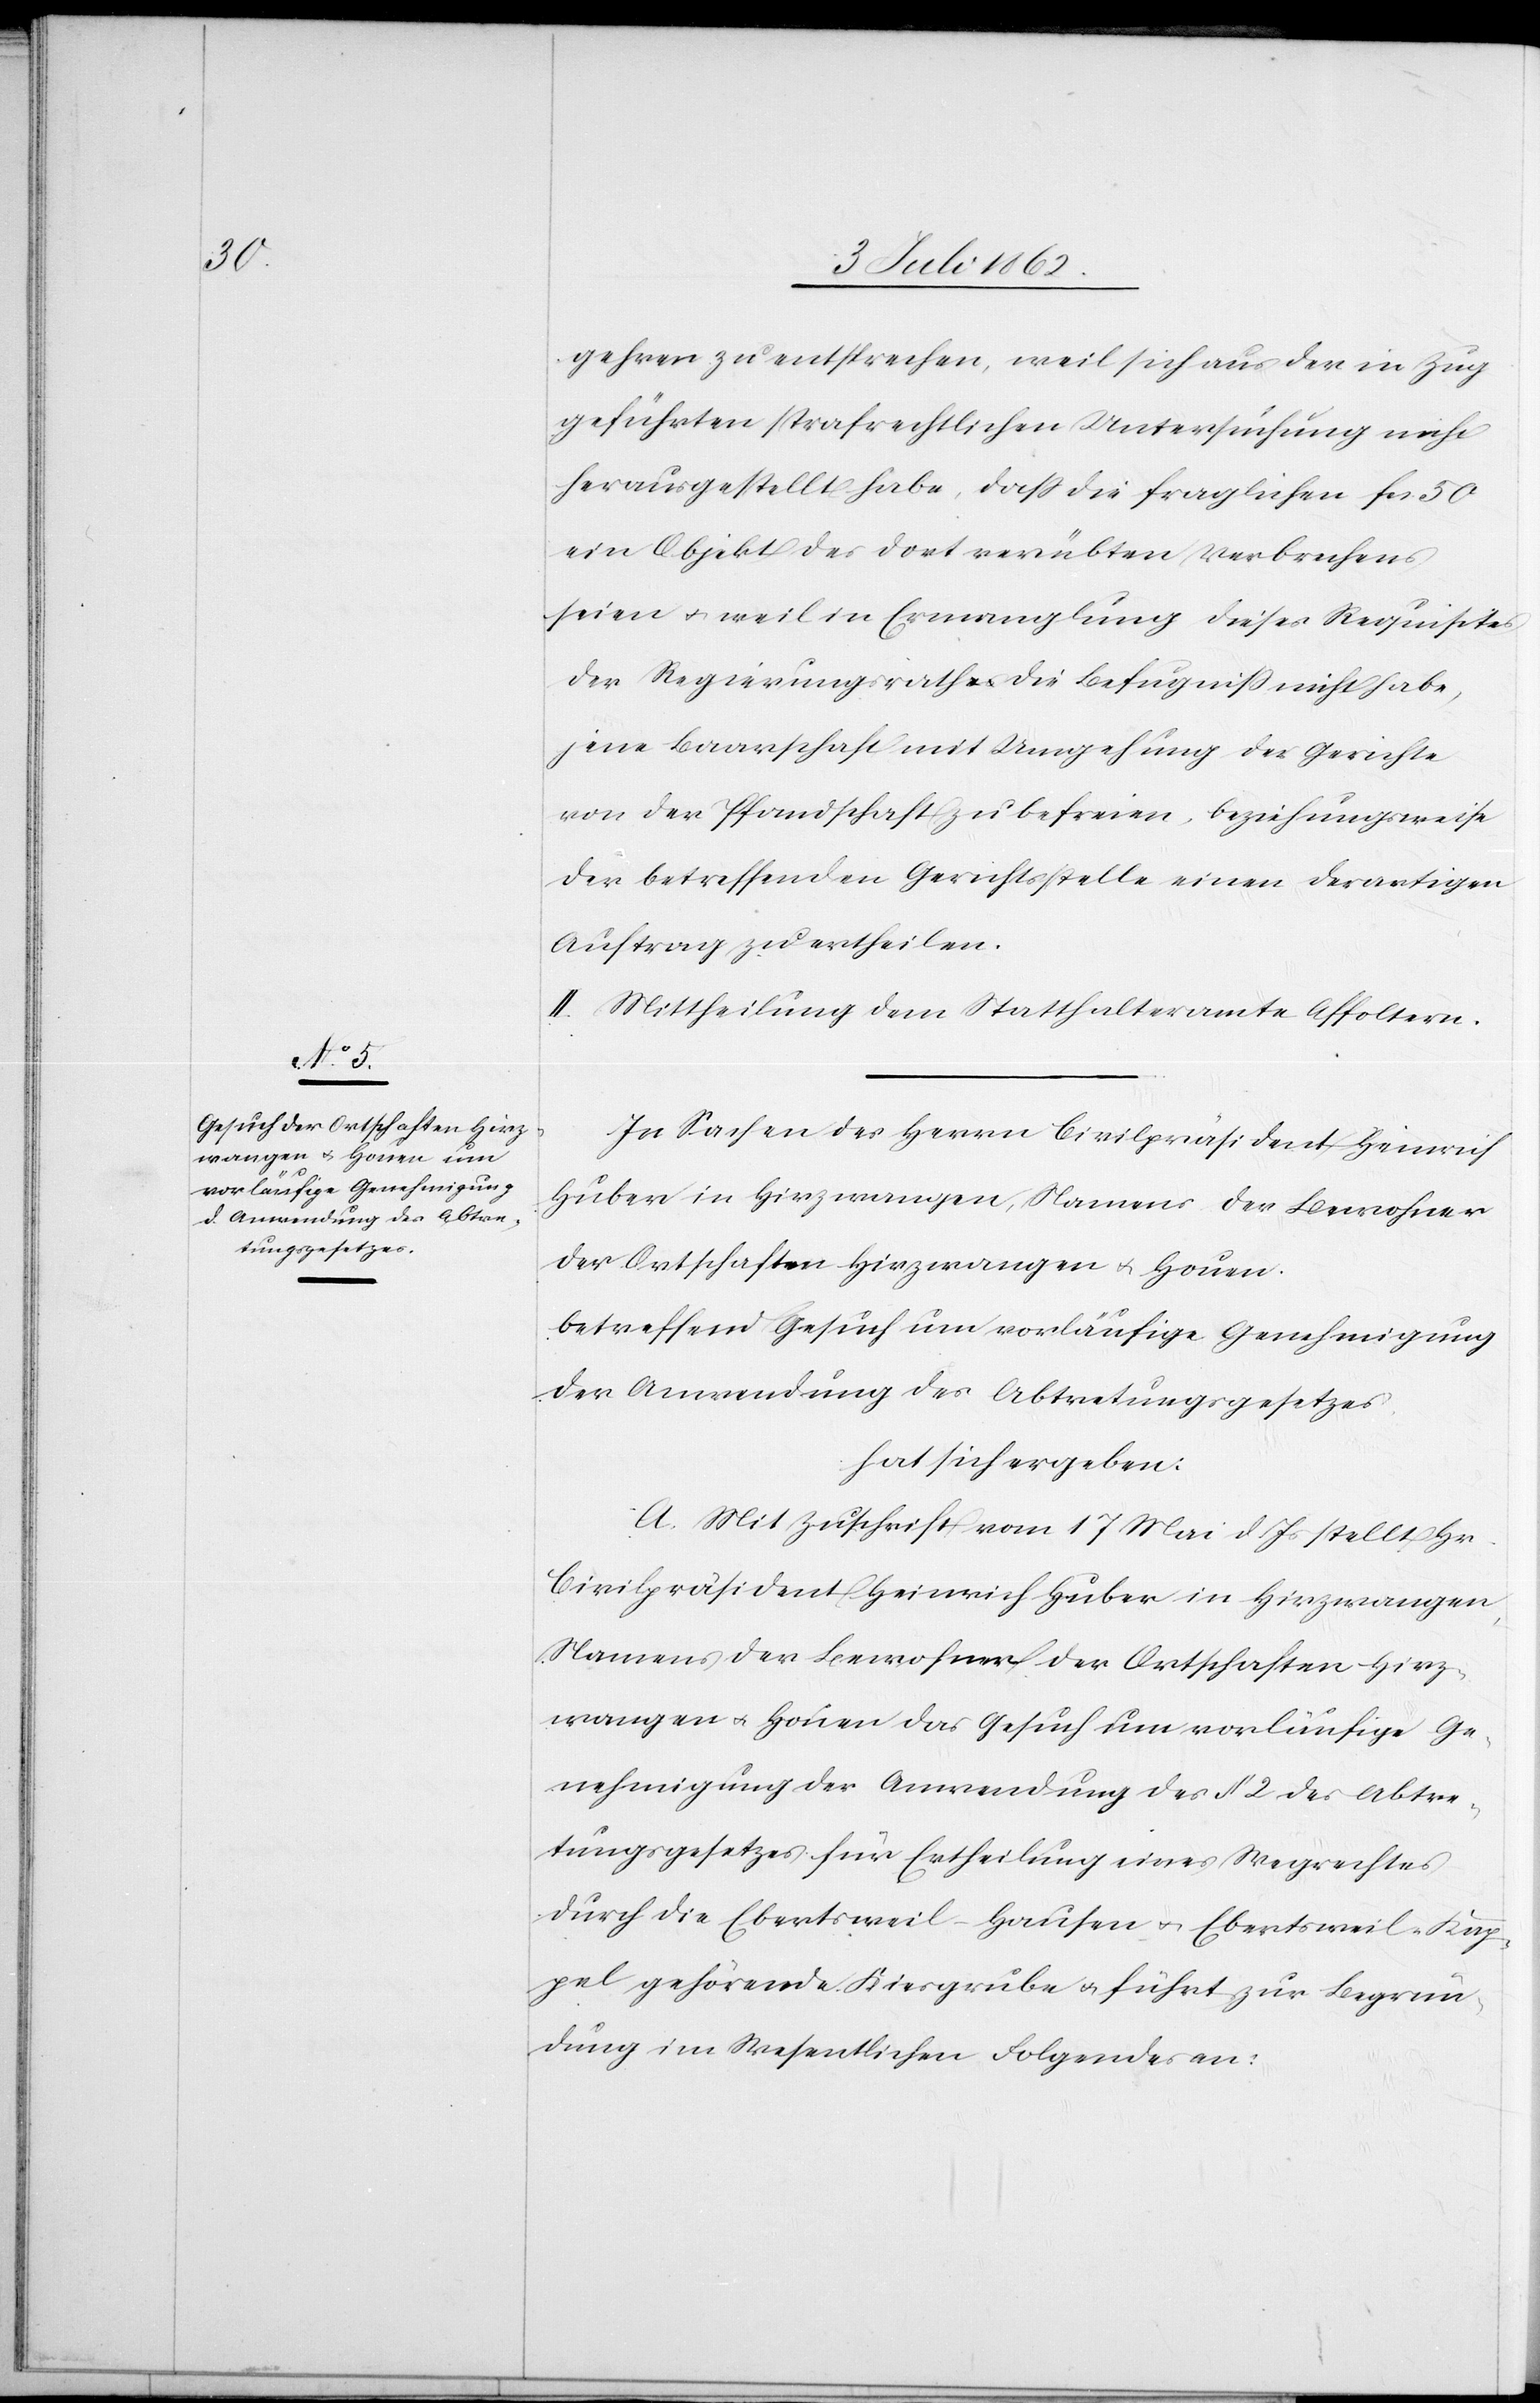
gehren zu entsprechen, weil sich aus der in Zug
geführten strafrechtlichen Untersuchung nicht
herausgestellt habe, daß die fraglichen Fcs. 50
ein Objekt des dort verübten Verbrechens
seien u. weil in Ermanglung dieses Requisites
der Regierungsrath die Befugniß nicht habe,
jene Baarschaft mit Umgehung der Gerichte
von der Pfandschaft zu befreien, beziehungsweise
der betreffenden Gerichtsstelle einen derartigen
Auftrag zu ertheilen.
II. Mittheilung dem Statthalteramte Affoltern.
In Sachen des Herren Civilpräsident Heinrich
Huber in Hirzwangen, Namens der Bewohner
der Ortschaften Hirzwangen u. Houen
betreffend Gesuch um vorläufige Genehmigung
der Anwendung des Abtretungsgesetzes
hat sich ergeben:
A. Mit Zuschrift vom 17 Mai d. Js. stellt Hr.
Civilpräsident Heinrich Huber in Hirzwangen
Namens der Bewohner der Ortschaften Hirz¬
wangen u. Houen das Gesuch um vorläufige Ge¬
nehmigung der Anwendung des § 2 des Abtre¬
tungsgesetzes für Ertheilung eines Wegrechtes
durch die Ebertsweil-Hausen u. Ebertsweil-Kap¬
pel gehörende Kiesgrube u. führt zur Begrün¬
dung im Wesentlichen Folgendes an: